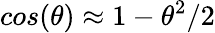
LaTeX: cos(\theta)\approx 1-\theta^{2}/2